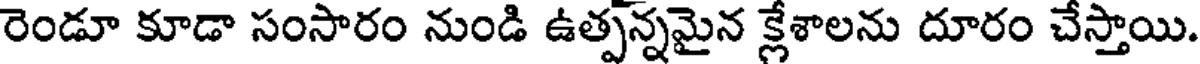
రెండూ కూడా సంసారం నుండి ఉత్పన్నమైన క్లేశాలను దూరం చేస్తాయి.